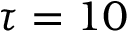
\tau = 1 0